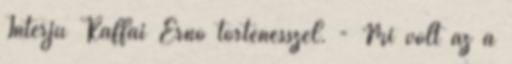
Interjú Raffai Ernő történésszel. - Mi volt az a